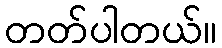
တတ်ပါတယ်။